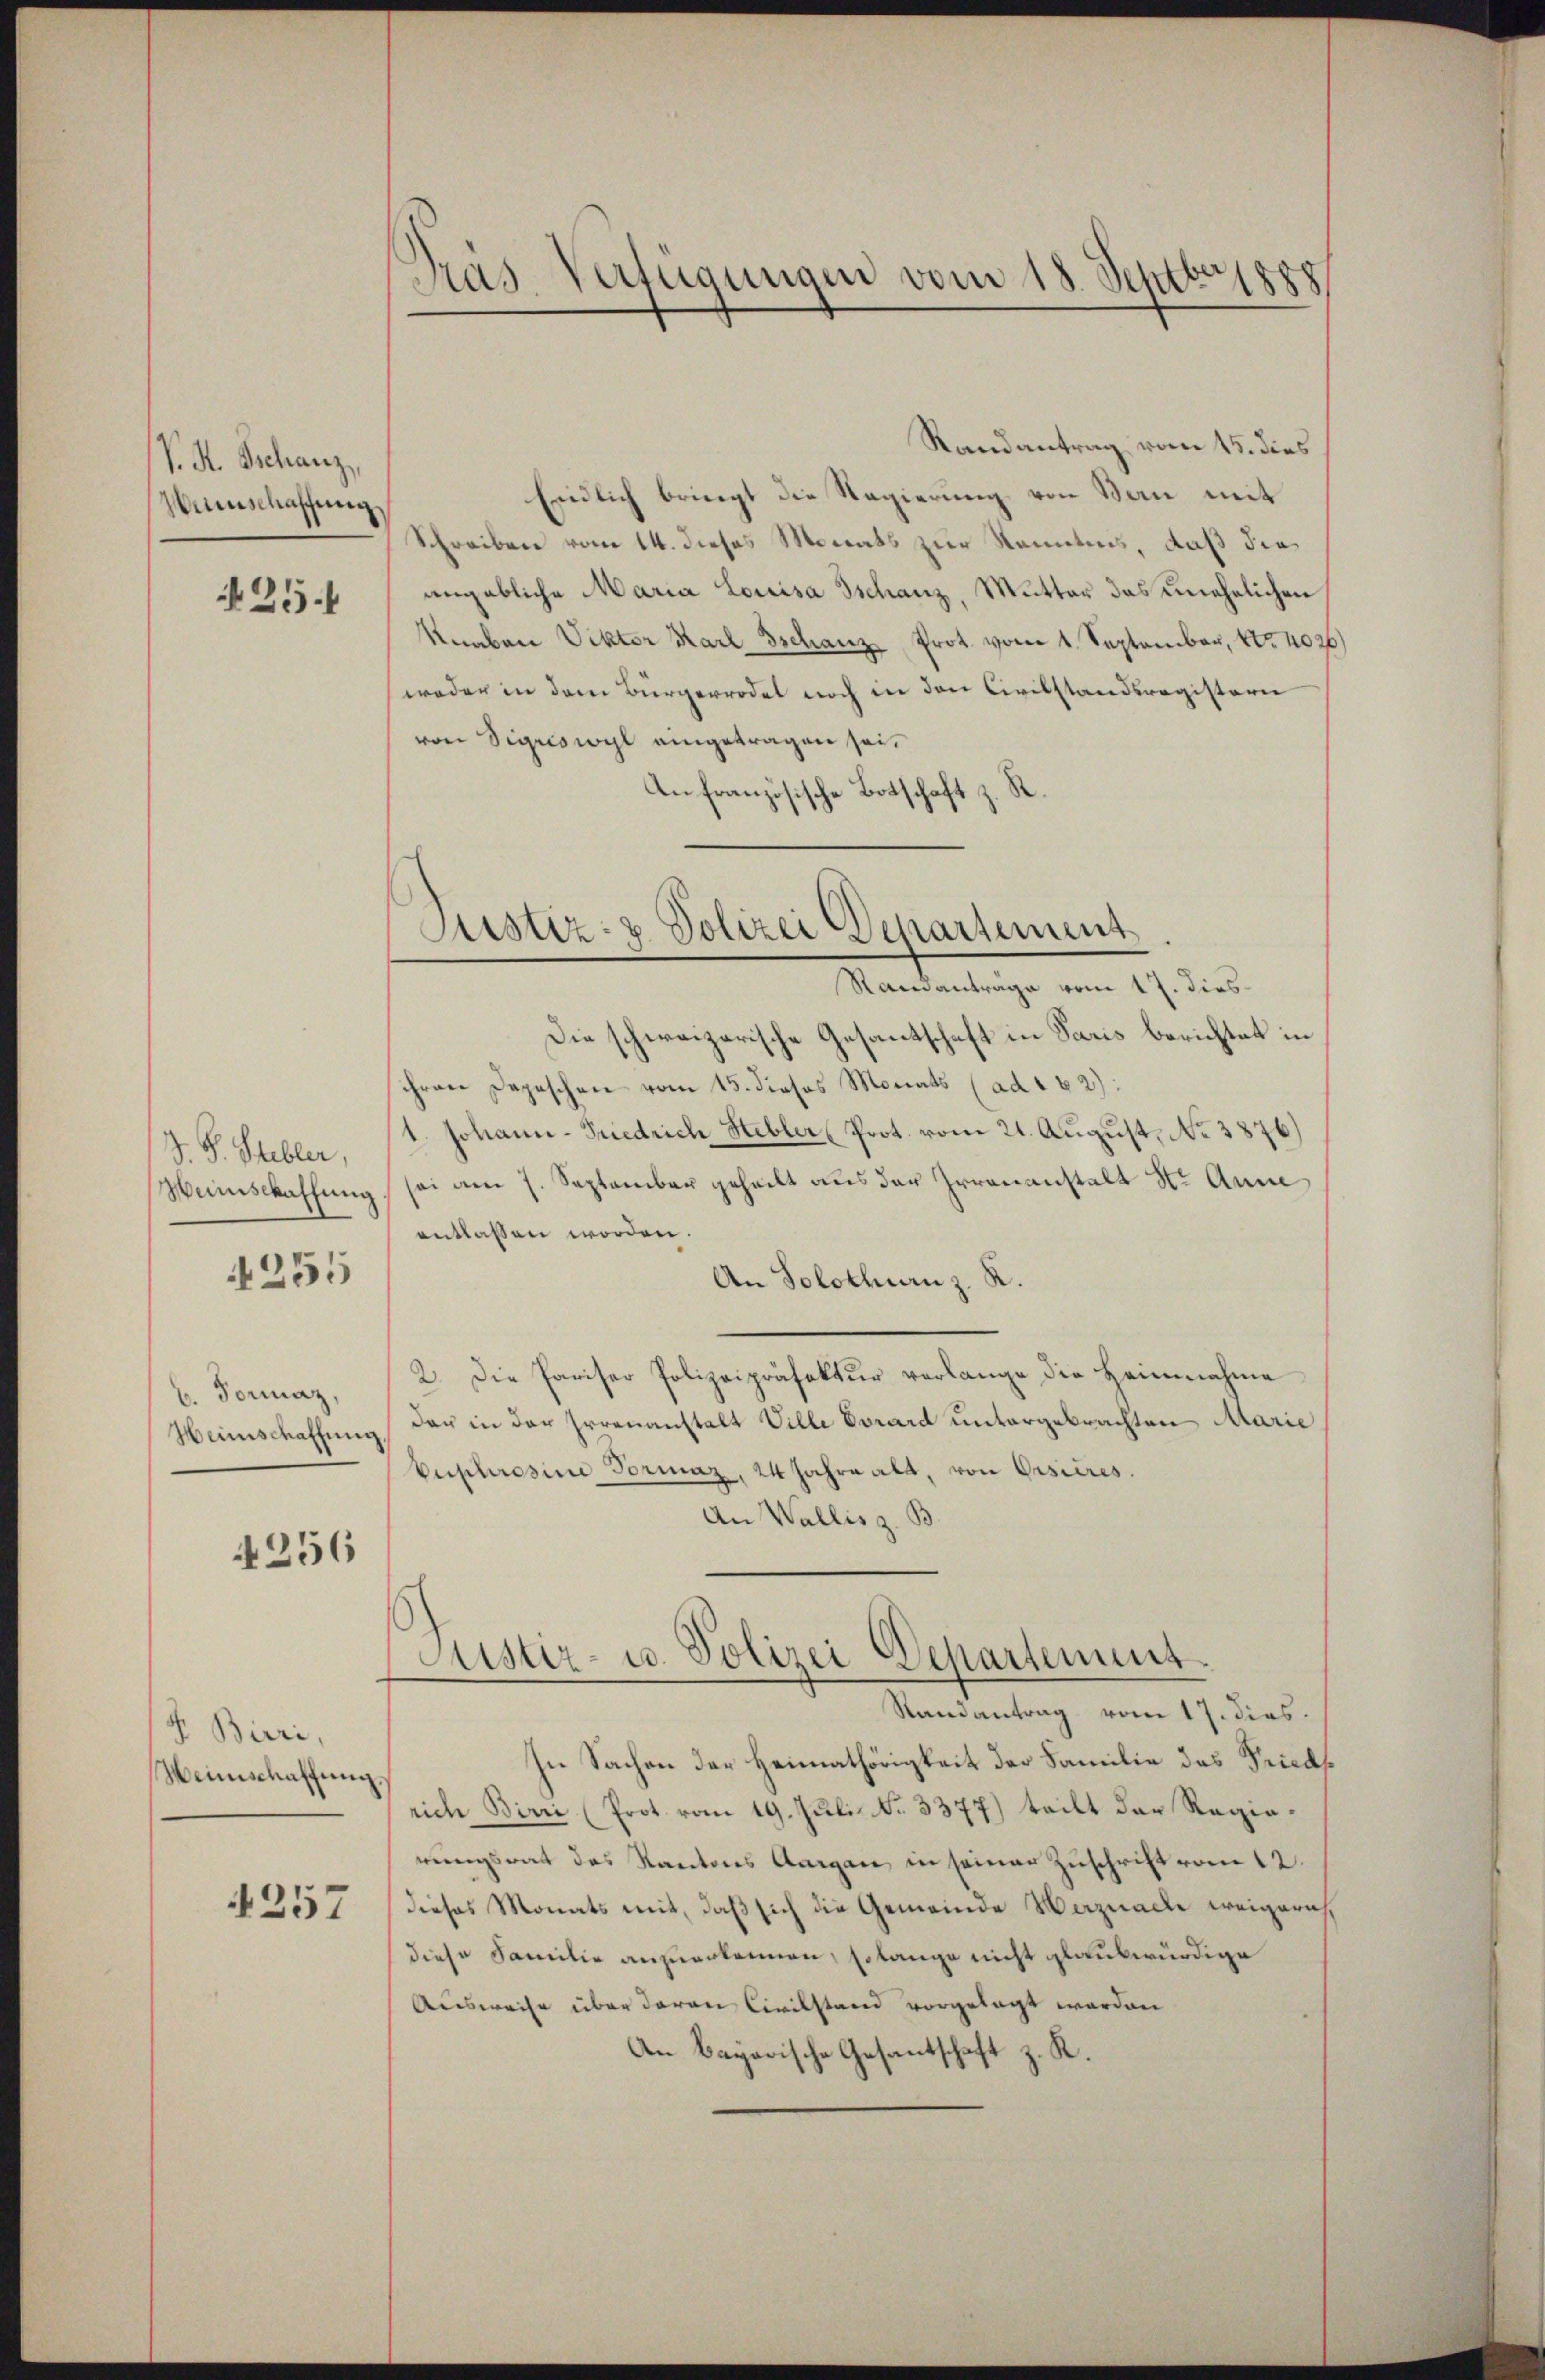
P. R. Schanz,
Weinschaffung,

25.

J. F. Stebler,
Wunschaffung
4255

b. Formaz,
Weinschaffung

4256

F. Bieri,
Weinschaffung.

4257

Pras Verfügungen vom 18. Septbeisp

Randantrag vom 15. dies
Endlich bringt die Regierung von Bau mit
Schreiben vom 14. dieses Monats zur Kenntnis, daß dies
angebliche Maria Louisa Tschanz, Mutter das unehelichen
Knaben Viktor Karl Tschanz, Prot. vom 1. September, No 4026)
weder in dem Bürgerrodel noch in den Civilstandsregistern
von Sigriswyl eingetragen sei.
An französische Botschaft z. R.

Justiz- & Polizei Departement
Ramantrage vom 17. dies

Die schweizerische Gesantschaft in Paris berichtet in
hren Depeschen vom 15. dieses Monats (ad 162):
1. Johann-Friedrich Hebler (Prot. vom 21. August, No 3876)
sei am 7. September geheilt aus der Irrenanstalt St. Anne
entlassen worden.
An Solothurn z. R.
2. Die Pariser Polizeipräsektŭr verlange die Heimnahme
dar in der Irrenanstalt Ville Vorard untergebrachten Marie
Euphrosine Formaz, 24 Jahre alt, von Ossieres.
An Wallis z. B.
Justiz- u. Polizei Departement.
Randantrag vom 17. dies.
In Sachen der Heimathörigkeit der Familie das Pricas
rich Birri (Prot vom 19. Juli No. 3377) teilt der Regierungsrat des Kantons Aargau in seiner Zuschrift vom 12.
dieses Monats mit, daß sich die Gemeinde Weiznacle weigern,
diese Familie anzuerkennen, so lange nicht glaubwürdige
Ausweise über daran Civilstand vorgelegt worden
An Bayerische Gesandtschaft z. R.